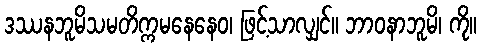
ဒဿနဘူမိသမတိက္ကမနေနေဝ၊ ဖြင့်သာလျှင်။ ဘာဝနာဘူမိ၊ ကို။